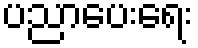
ပညာပေးရေး